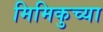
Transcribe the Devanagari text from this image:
मिमिकुच्या